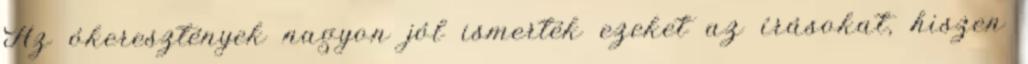
Az ókeresztények nagyon jól ismerték ezeket az írásokat, hiszen